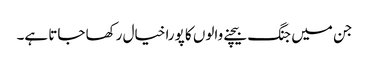
جن میں جنگ بیچنے والوں کا پورا خیال رکھا جاتا ہے۔